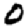
Digit: 0